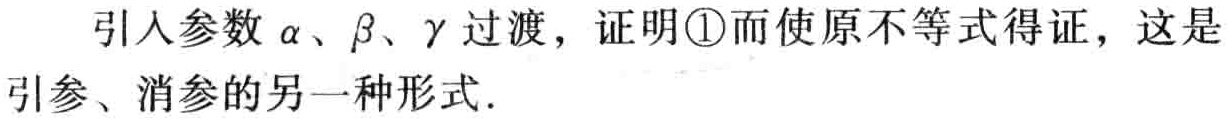
引入参数\(\alpha\)、\(\beta\)、\(\gamma\)过渡，证明\textcircled{1}而使原不等式得证，这是引参、消参的另一种形式.